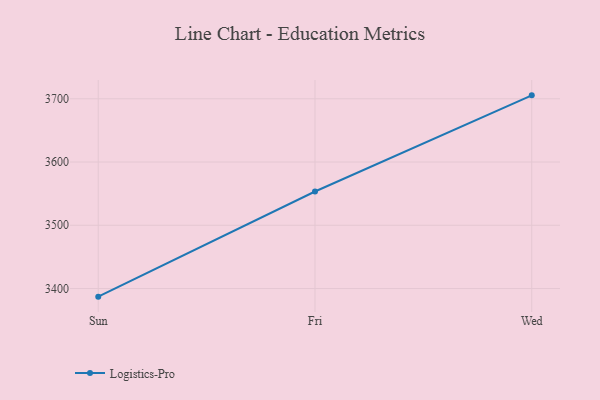
{"axis": {"x": "Day", "y": "Demand Index"}, "legend": ["Logistics-Pro"], "data": [{"x": "Sun", "y": 3387.2, "type": "Logistics-Pro"}, {"x": "Fri", "y": 3553.4, "type": "Logistics-Pro"}, {"x": "Wed", "y": 3705.4, "type": "Logistics-Pro"}]}